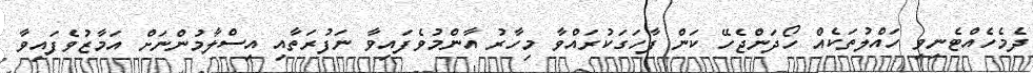
ދެމެހެއްޓެނިވި ހައްލުތަކެއް ހޯދަންޖެހޭ ކަން ފާހަގަކުރައްވާ މިހާރު އާންމުވެފައިވާ ނަފުރަތާއި އިސްލާމުންނަށް އަމާޒުވެފައިވާ